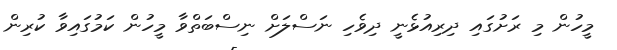
މީހުން މި ރަށުގައި ދިރިއުޅެނީ ދިވެހި ނަސްލަށް ނިސްބަތްވާ މީހުން ކަމުގައިވާ ކުރިން